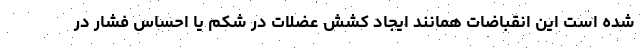
شده است این انقباضات همانند ایجاد کشش عضلات در شکم یا احساس فشار در